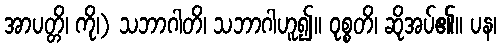
အာပတ္တိ၊ ကို၊) သဘာဂါတိ၊ သဘာဂါဟူ၍။ ဝုစ္စတိ၊ ဆိုအပ်၏။ ပန၊